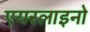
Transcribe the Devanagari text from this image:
एयरलाइनो